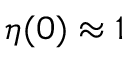
\eta ( 0 ) \approx 1